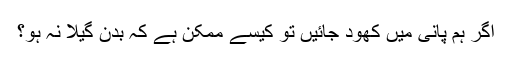
اگر ہم پانی میں کھود جائیں تو کیسے ممکن ہے کہ بدن گیلا نہ ہو؟